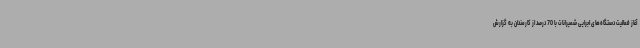
آغاز فعالیت دستگاه‌های اجرایی شمیرانات با 70 درصد از کارمندان به گزارش